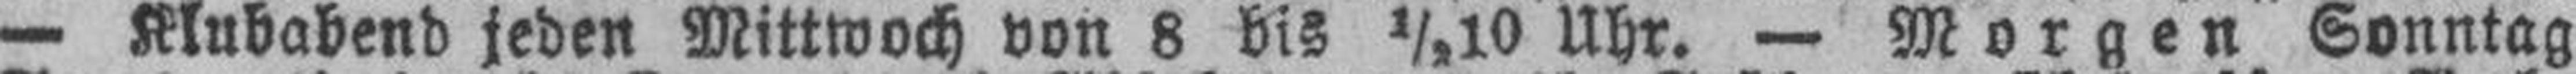
— Klubabend jeden Mittwoch von 8 bis ½10 Uhr. — Morgen Sonntag